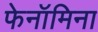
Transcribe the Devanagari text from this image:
फेनॉमिना